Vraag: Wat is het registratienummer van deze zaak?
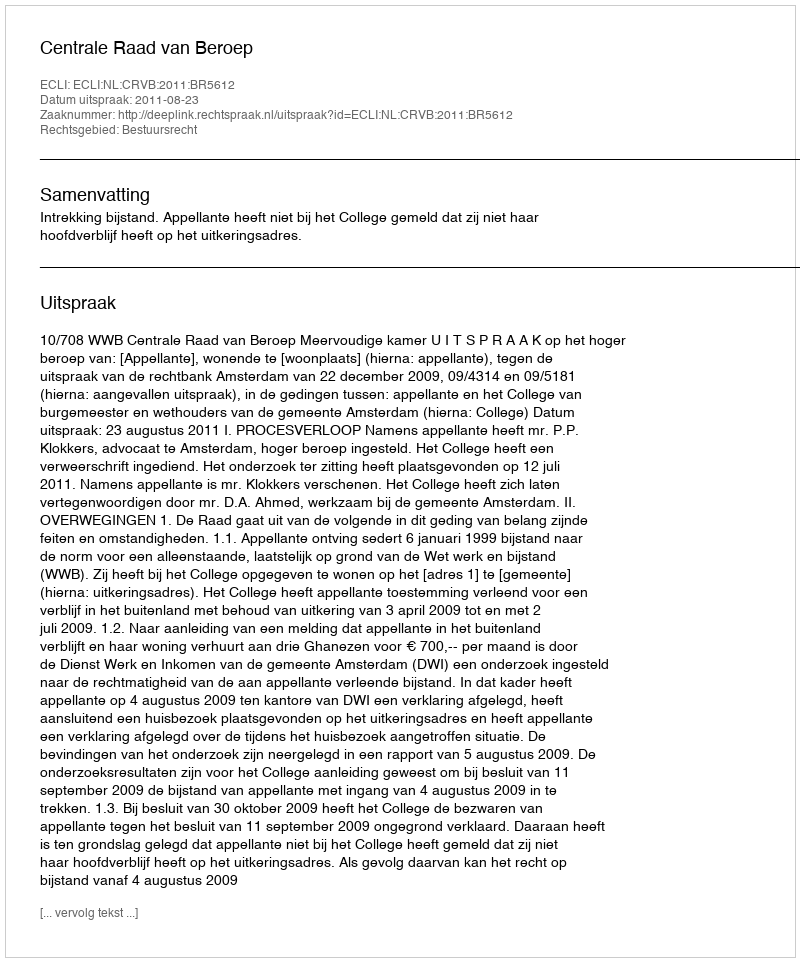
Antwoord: http://deeplink.rechtspraak.nl/uitspraak?id=ECLI:NL:CRVB:2011:BR5612